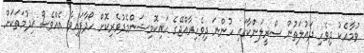
ވުމާއެކު ދިވެހި ދައުލަތުން ސްރީލަންކާގައި ހުންނަ ދިވެހިރާއްޖޭގެ ހައިކޮމިޝަންމެދުވެރިކޮށް ހޯދާފައިވާ އެއްވެސް ޚިދުމަތަކަށް